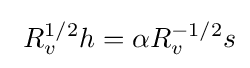
\ R_{v}^{1/2}h=\alpha R_{v}^{-1/2}s